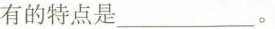
有的特点是___。